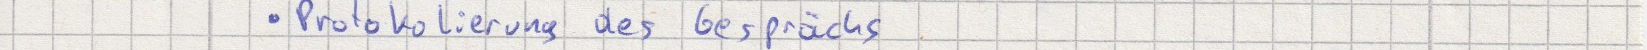
Protokolierung des Gesprächs